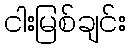
ငါးမြစ်ချင်း